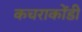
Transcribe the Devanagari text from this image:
कचराकोंडी